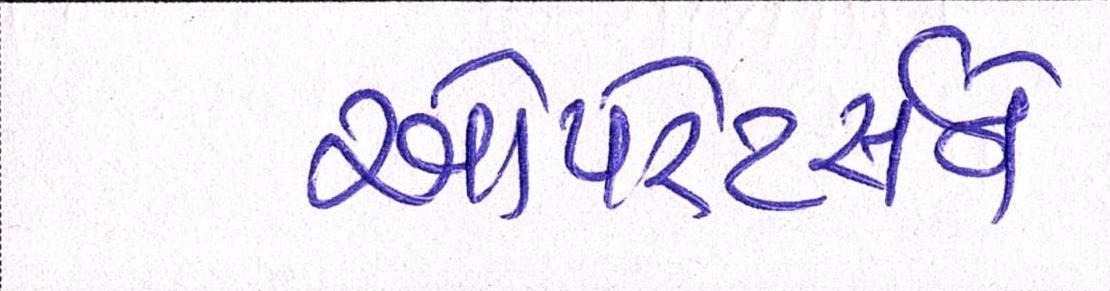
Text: ઓપરેટર્સને